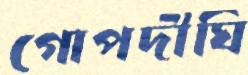
গোপদীঘি